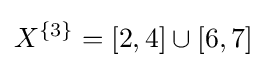
X^{\{3\}}=[2,4]\cup [6,7]